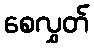
စေလွှတ်